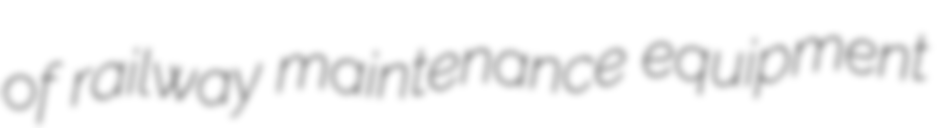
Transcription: of railway maintenance equipment